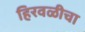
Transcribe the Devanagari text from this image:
हिरवळीचा